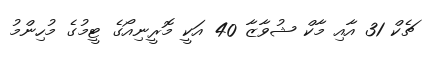
ޗެކް 31 އާއި މާކް ޝުވާޒާ 40 އަކީ މޮރީނިއޯގެ ޓީމުގެ މުހިންމު